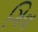
ગિવ